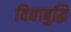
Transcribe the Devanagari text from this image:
विद्याबुद्धि